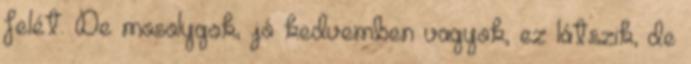
felét. De mosolygok, jó kedvemben vagyok, ez látszik, de